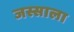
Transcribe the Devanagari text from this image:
जस्साला